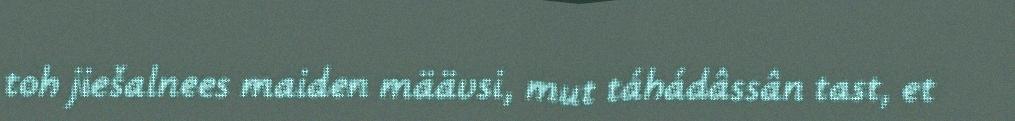
toh jiešalnees maiden määvsi, mut táhádâssân tast, et